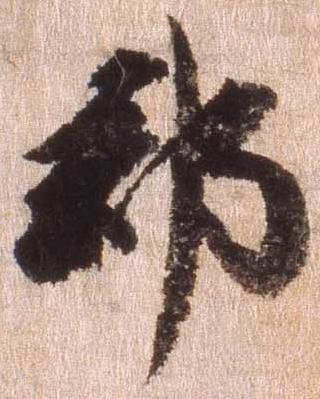
郡